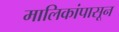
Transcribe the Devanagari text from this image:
मालिकांपासून